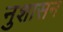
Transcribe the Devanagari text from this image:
नुशासन